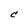
Character: C